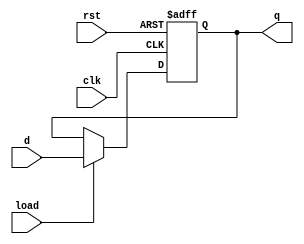
`timescale 1ns / 1ps

module DFF_1bit
(
    input  rst,
    input  clk,
    input  load,
    input  d,
    output reg q
);	
	 always @ (negedge clk or posedge rst)
	
	 if (rst)
	
		 q <= 0;
		
	 else if(load)
	
	  	 q <= d;

endmodule